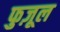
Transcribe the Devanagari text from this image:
फुज़ूल